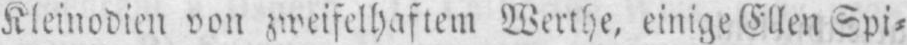
Kleinodien von zweifelhaftem Werthe. einige Ellen Spi⸗